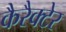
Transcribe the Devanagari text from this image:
कैरैक्टेर